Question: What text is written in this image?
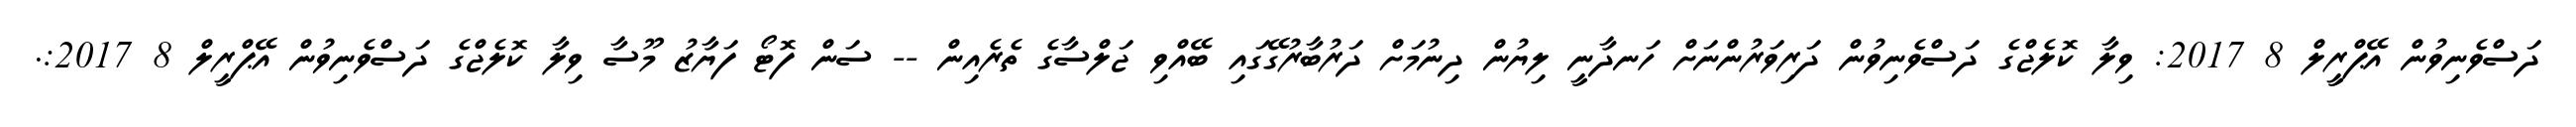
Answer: ދަސްވެނިވުން އޭޕްރީލް 8 2017: ވިލާ ކޮލެޖްގެ ދަސްވެނިވުން ދަރިވަރުންނަށް ހަނދާނީ ލިޔުން ދިނުމަށް ދަރުބާރުގޭގައި ބޭއްވި ޖަލްސާގެ ތެރެއިން -- ސަން ފޮޓޯ ފަޔާޒު މޫސާ ވިލާ ކޮލެޖްގެ ދަސްވެނިވުން އޭޕްރީލް 8 2017:.